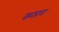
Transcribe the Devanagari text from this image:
कठारा